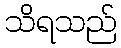
သိရသည်